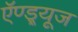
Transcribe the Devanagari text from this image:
ऍण्ड्र्यूज